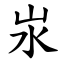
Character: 汖